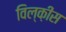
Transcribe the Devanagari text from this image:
विल्क़ीस